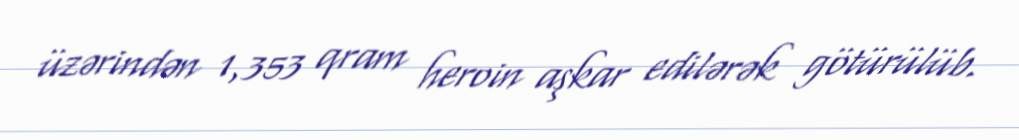
üzərindən 1,353 qram heroin aşkar edilərək götürülüb.